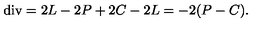
\mathrm { d i v } = 2 L - 2 P + 2 C - 2 L = - 2 ( P - C ) .